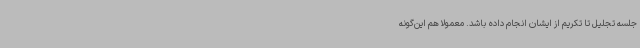
جلسه تجلیل تا تکریم از ایشان انجام داده باشد. معمولاً هم این‌گونه